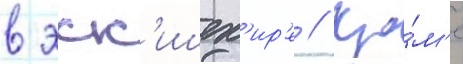
в эск'ишех'ир'е // Кро́м'е